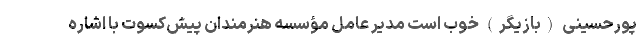
پورحسینی (بازیگر) خوب است مدیر عامل مؤسسه هنرمندان پیش‌کسوت با اشاره